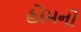
હોમનો